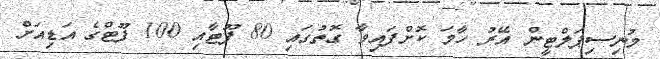
މުނިސިޕަލްޓީން އޭރު ހާމަ ކޮށްފައިވާ ގޮތުގައި 80 ފޫޓާއި 100 ފޫޓްގެ އަޑިއަށް